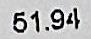
51.94